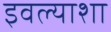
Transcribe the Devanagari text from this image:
इवल्याशा